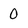
Character: 0